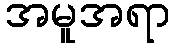
အမူအရာ